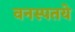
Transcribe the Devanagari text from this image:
वनस्पतये